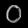
Digit: ၀